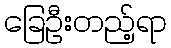
ခြေဦးတည့်ရာ